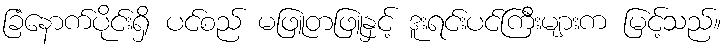
ခြံနောက်ပိုင်းရှိ ပင်စည် မဖြူတဖြူနှင့် ဒူးရင်းပင်ကြီးများက မြင့်သည်။